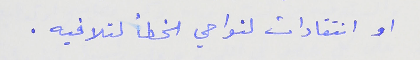
او انتقادات لنواحي الخطأ لتلافيه .